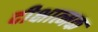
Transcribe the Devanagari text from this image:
दीक्षात्मक